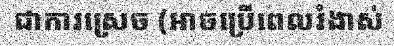
ជាការស្រេច (អាចប្រើពេលរំងាស់